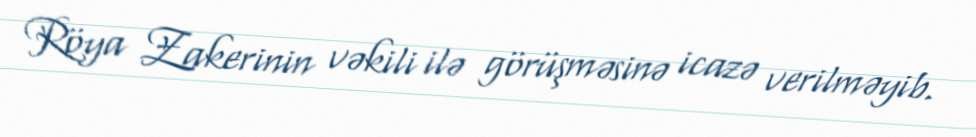
Röya Zakerinin vəkili ilə görüşməsinə icazə verilməyib.